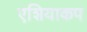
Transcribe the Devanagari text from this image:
एशियाकप